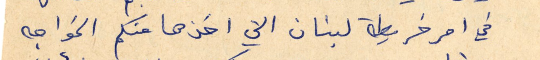
في امر خريطة لبنان التي اخذها منكم الخواجه